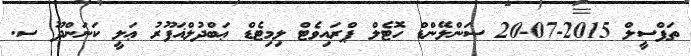
ތަފްސީލް 2015-07-20 ސަންލޭންޑް ހޮޓެލް ޕްރައިވެޓް ލިމިޓެޑް ޢަބްދުލްޣަފޫރު ޢަލީ ކަނަންދޫ ސ.